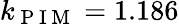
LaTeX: k_{\mathrm{~P~I~M~}}=1.186